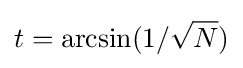
t=\arcsin(1/{\sqrt {N}})